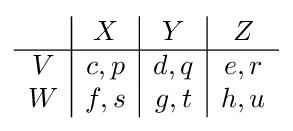
{\begin{array}{c|c|c|c}&X&Y&Z\\\hline V&c,p&d,q&e,r\\W&f,s&g,t&h,u\\\end{array}}